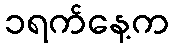
၁ရက်နေ့က